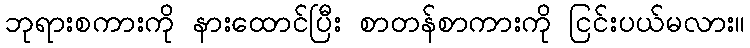
ဘုရားစကားကို နားထောင်ပြီး စာတန်စာကားကို ငြင်းပယ်မလား။